Indian journal of veterinary science and animal husbandry - Volumes 15-17, 1948-1951
Year: 1948
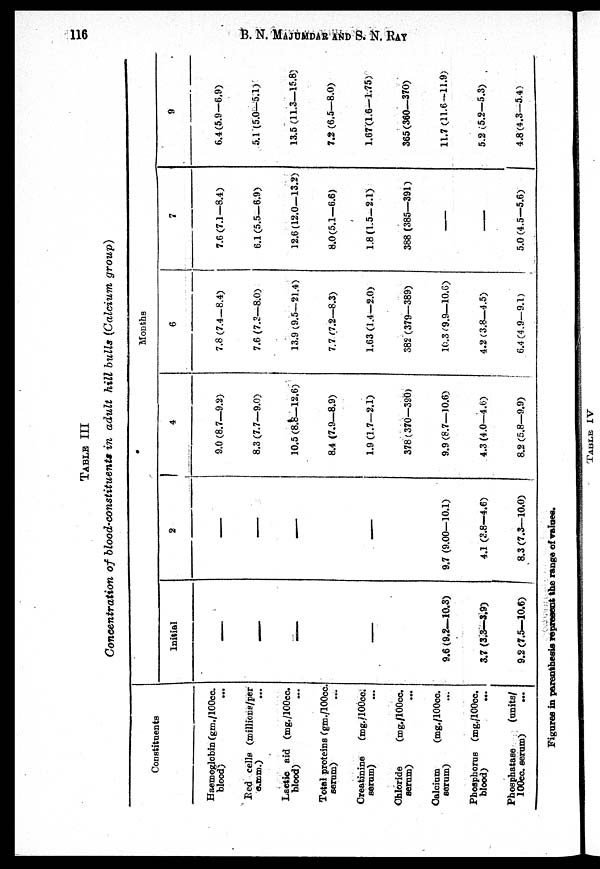
116
B. N. MAJUMDAR AND S. N. RAY
TABLE III
Concentration
of blood-constituents
in adult hill bulls (Calcium group)
Constituents
Haemoglobin (gm./100cc.
blood)
...
Red cells (millions/per
c.mm.)
...
Lactic aid (mg./100cc.
blood)
...
Total proteins (gm./100cc.
serum)
...
Creatinine
(mg./100cc.
serum)...
Chloride
(mg./100cc.
serum)...
Calcium
(mg./100cc.
serum)...
Phosphorus (mg./100cc.
blood)
...
Phosphatase
(units/
100cc. serum) ...
Months
Initial
—
—
—
—
9.6 (9.2—10.3)
3.7 (3.3—3.9)
9.2 (7.5—10.6)
2
—
—
—
—
9.7 (9.00—10.1)
4.1 (3.8—4.6)
8.3 (7.3—10.0)
4
9.0 (8.7—9.2)
8.3 (7.7—9.0)
10.5 (8.8—12.6)
8.4 (7.9—8.9)
1.9 (1.7—2.1)
378 (370—390)
9.9 (8.7—10.6)
4.3 (4.0—4.6)
8.2 (5.8—9.9)
6
7.8 (7.4—8.4)
7.6 (7.3—8.0)
13.9 (9.5—21.4)
7.7 (7.2—8.3)
1.63 (1.4—2.0)
382 (379—389)
10.3 (9.9—10.6)
4.2 (3.8—4.5)
6.4 (4.9—9.1)
7
7.6 (7.1—8.4)
6.1 (5.5—6.9)
12.6 (12.0—13.2)
8.0(5.1—6.6)
1.8 (1.5—2.1)
388 (385—391)
—
—
5.0 (4.5—5.6)
9
6.4 (5.9—6.9)
5.1 (5.0—5.1)
13.5 (11.3—15.8)
7.2 (6.5—8.0)
1.67(1.6—1.75)
365(360—370)
11.7 (11.6—11.9)
5.2 (5.2—5.3)
4.8(4.3—5.4)
Figures in parenthesis represent the range of values.